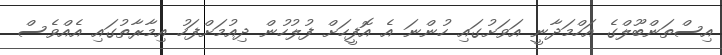
އިސްތަންބޫލްގެ އަހްމަދާނީ އަވަށުގައި ހުންނަ އެ އޮފީހަށް ފުލުހުން ދިއުމަށްފަހު އިމާރާތުގައި އެއްވެސް